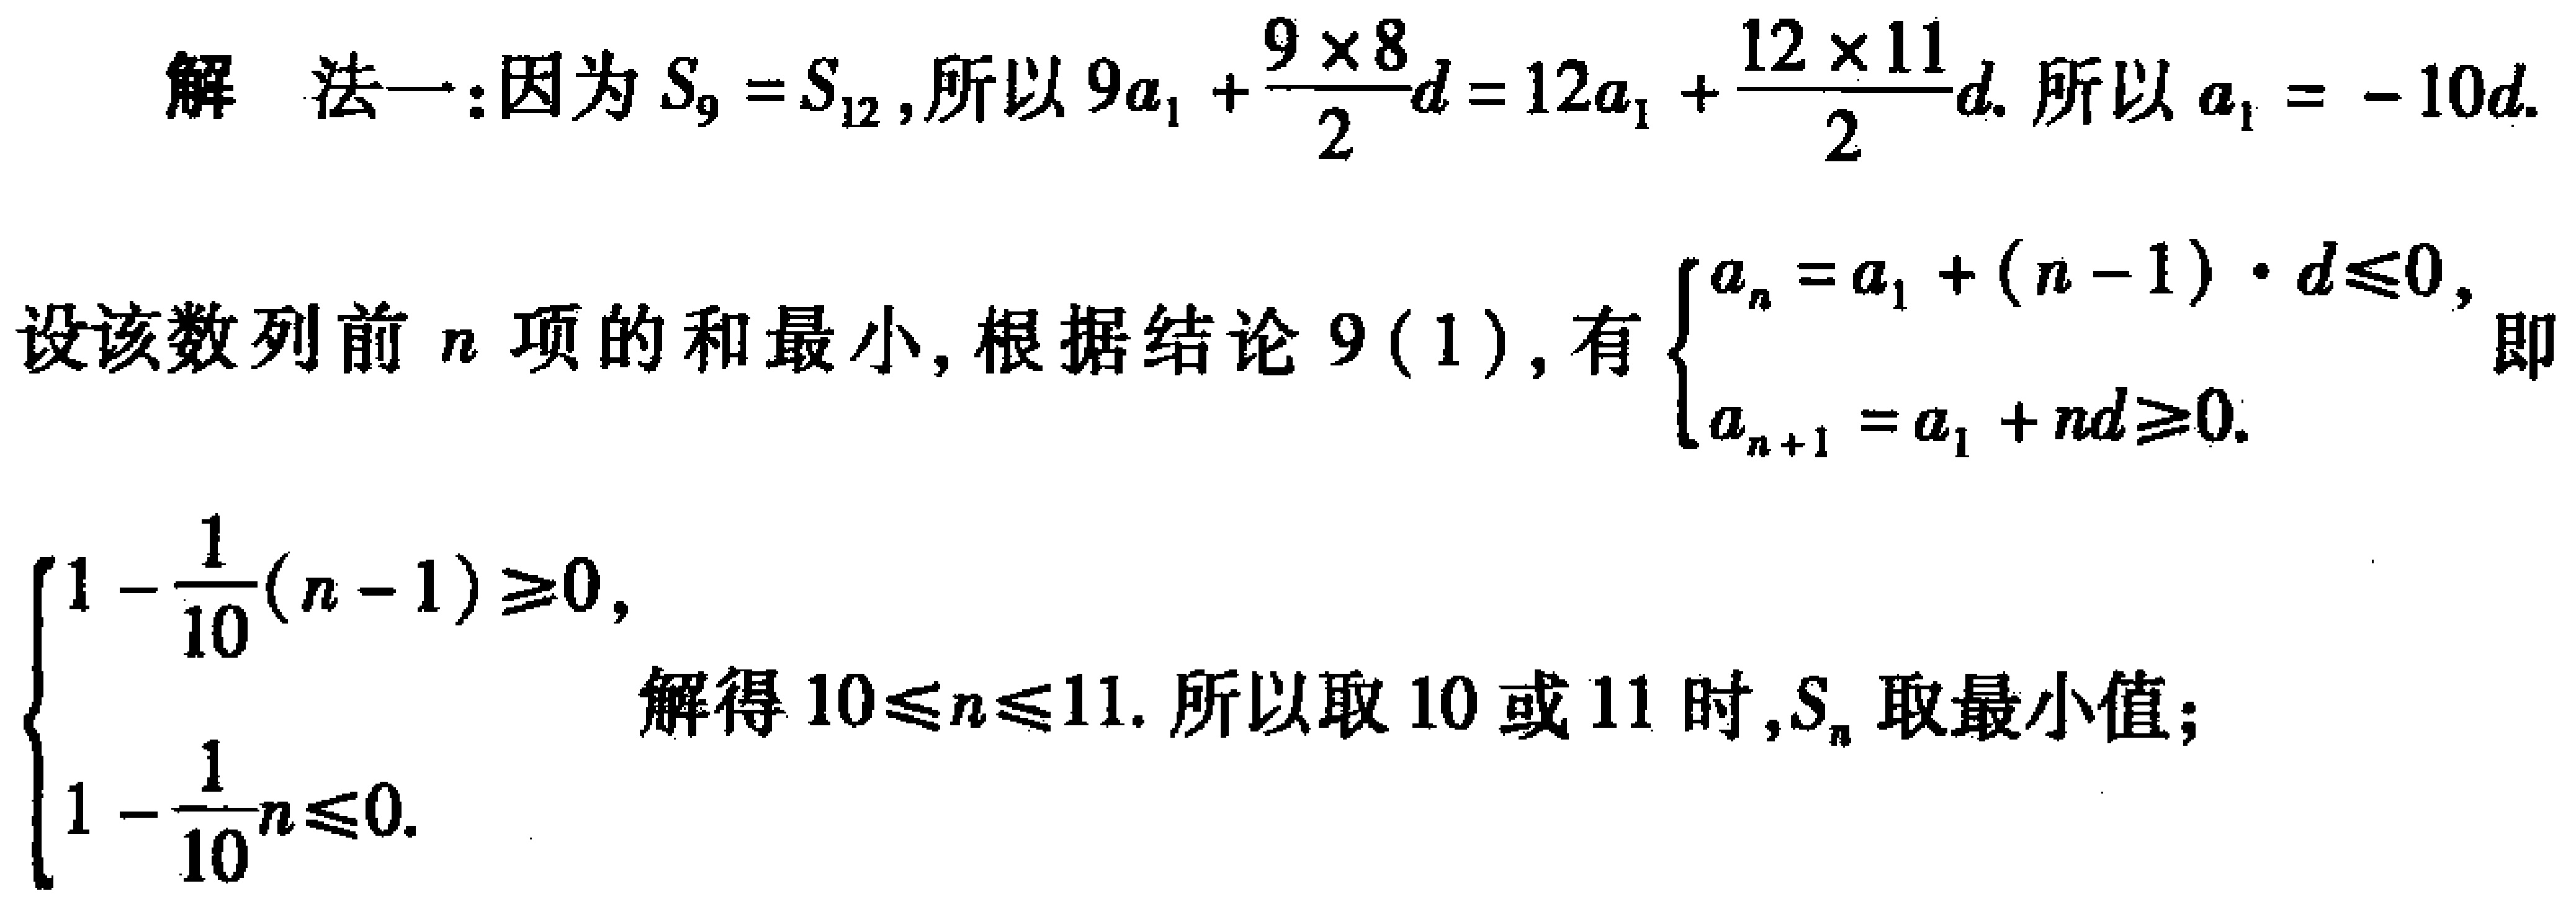
解 法一:因为 \(S_{9}=S_{12}\),所以 \(9a_{1}+\frac{9\times8}{2}d = 12a_{1}+\frac{12\times11}{2}d\). 所以 \(a_{1}=-10d\).

设该数列前 \(n\) 项的和最小, 根据结论 \(9(1)\), 有 \(\begin{cases}a_{n}=a_{1}+(n - 1)\cdot d\leqslant0,\\a_{n + 1}=a_{1}+nd\geqslant0.\end{cases}\) 即
\(\begin{cases}1-\frac{1}{10}(n - 1)\geqslant0,\\1-\frac{1}{10}n\leqslant0.\end{cases}\) 解得 \(10\leqslant n\leqslant11\). 所以取 \(10\) 或 \(11\) 时,\(S_{n}\) 取最小值;